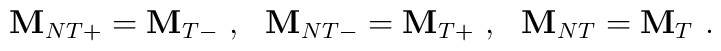
{\bf M}_{NT+} = {\bf M}_{T-} \ , \ \ {\bf M}_{NT-} = {\bf M}_{T+}\ , \ \ {\bf M}_{NT} ={\bf M}_{T} \ .